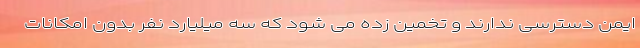
ایمن دسترسی ندارند و تخمین زده می شود که سه میلیارد نفر بدون امکانات